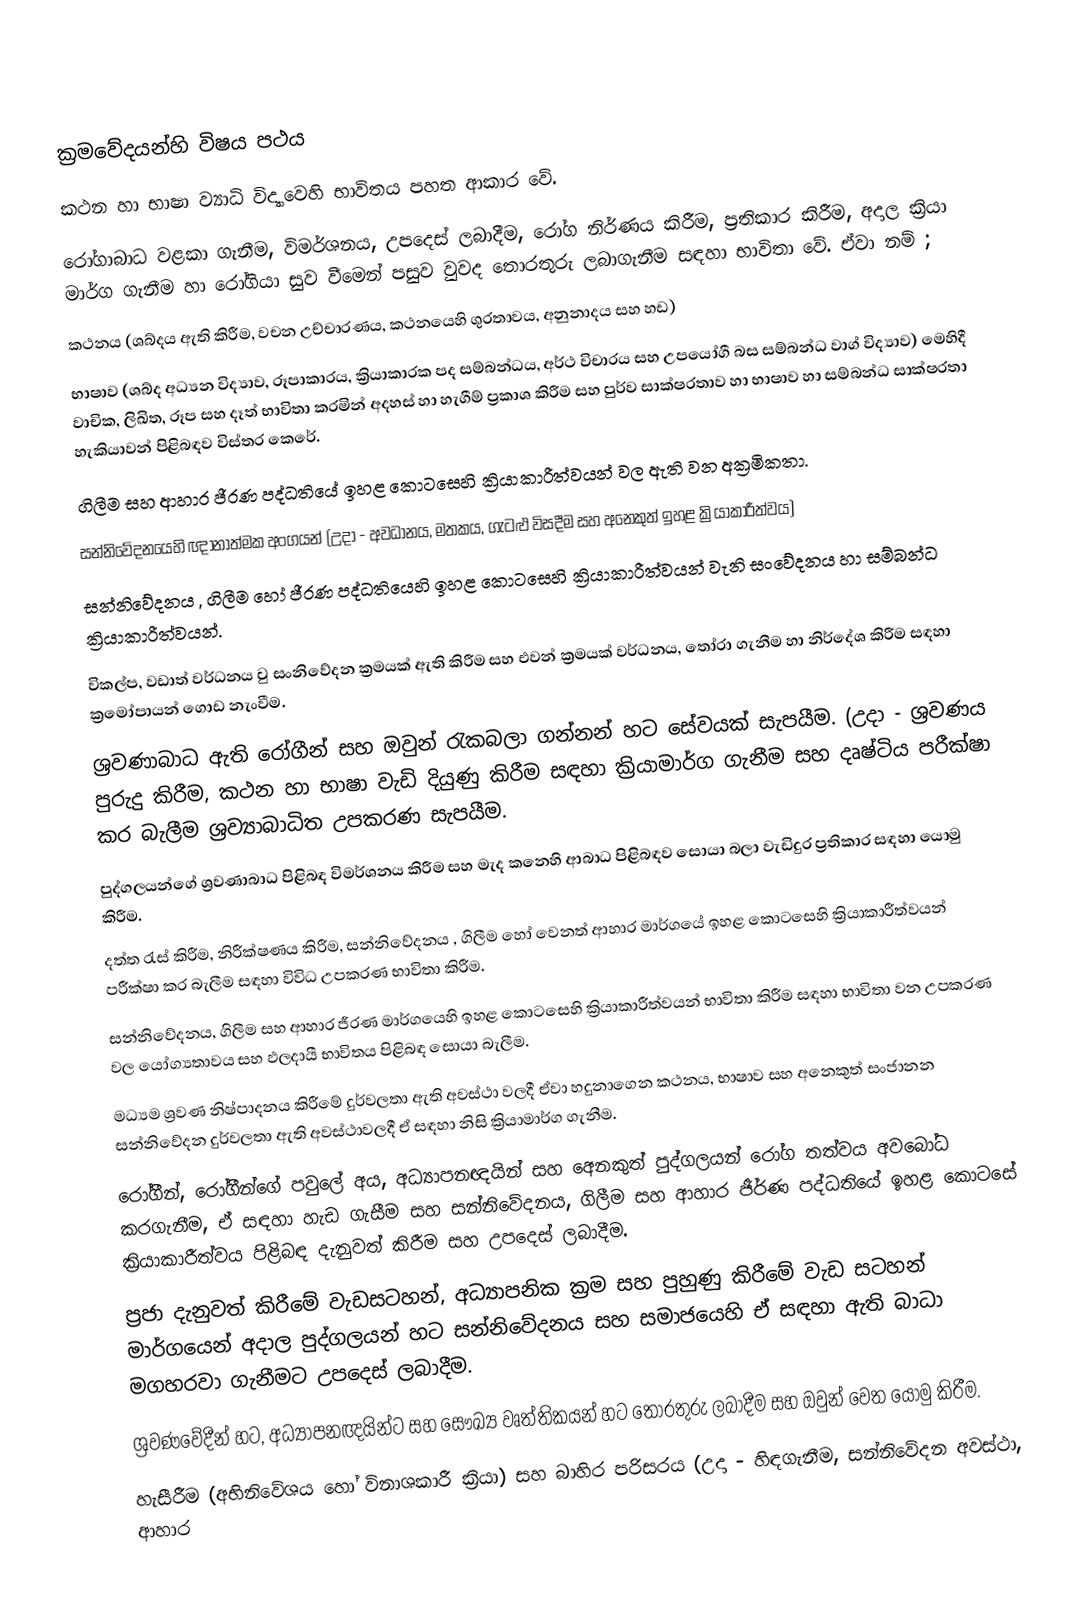

ක්‍රමවේදයන්හි විෂය පථය
කථන හා භාෂා ව්‍යාධි විද්‍යාවෙහි භාවිතය පහත ආකාර වේ.
රෝගාබාධ වළකා ගැනීම, විමර්ශනය, උපදෙස් ලබාදීම,  රෝග නිර්ණය කිරීම, ප්‍රතිකාර කිරීම, අදාල ක්‍රියා මාර්ග ගැනීම හා රෝගියා සුව වීමෙන් පසුව  වුවද තොරතුරු ලබාගැනීම සඳහා භාවිතා වේ. ඒවා නම් ;
කථනය (ශබ්දය ඇති කිරීම, වචන උච්චාරණය, කථනයෙහි ශුරතාවය, අනුනාදය සහ හඩ)
භාෂාව (ශබ්ද අධ්‍යන විද්‍යාව, රූපාකාරය, ක්‍රියාකාරක පද සම්බන්ධය, අර්ථ විචාරය සහ උපයෝගී බස සම්බන්ධ වාග් විද්‍යාව) මෙහිදී වාචික, ලිඛිත, රූප සහ දෑත් භාවිතා කරමින් අදහස් හා හැගීම් ප්‍රකාශ කිරීම සහ පුර්ව සාක්ෂරතාව හා භාෂාව හා සම්බන්ධ ස‍ාක්ෂරතා හැකියාවන් පිළිබඳව විස්තර කෙරේ.
ගිලීම සහ ආහාර ජීරණ පද්ධතියේ ඉහළ කොටසෙහි ක්‍රියාකාරීත්වයන් වල ඇති වන අක්‍රමිකතා.
සන්නිවේදනයෙහි ඥානාත්මක අංගයන් (උදා - අවධානය, මතකය, ගැටළු විසදීම සහ අනෙකුත් ඉහළ ක්‍රියාකාරීත්වය)
සන්නිවේදනය , ගිලීම හෝ ජීරණ පද්ධතියෙහි ඉහළ කොටසෙහි ක්‍රියාකාරීත්වයන් වැනි සංවේදනය හා සම්බන්ධ ක්‍රියාකාරීත්වයන්.
විකල්ප, වඩාත් වර්ධනය වු සංනිවේදන ක්‍රමයක් ඇති කිරීම සහ එවන් ක්‍රමයක් වර්ධනය, තෝරා ගැනීම හා නිර්දේශ කිරීම සඳහා ක්‍රමෝපායන් ගොඩ නැංවීම.
ශ්‍රවණාබාධ ඇති රෝගීන් සහ ඔවුන් රැකබලා ගන්නන් හට සේවයක් සැපයීම. (උදා - ශ්‍රවණය පුරුදු කිරීම,  කථන හා භාෂා වැඩි දියුණු කිරීම සඳහා ක්‍රියාමාර්ග ගැනීම සහ දෘෂ්ටිය පරීක්ෂා කර බැලීම ශ්‍රව්‍යාබාධිත උපකරණ සැපයීම.
පුද්ගලයන්ගේ ශ්‍රවණාබාධ පිළිබඳ විමර්ශනය කිරීම සහ මැද කනෙහි ආබාධ පිළිබඳව සොයා බලා වැඩිදුර ප්‍රතිකාර සඳහා යොමු කිරීම.
දත්ත  රැස් කිරීම, නිරීක්ෂණය කිරීම, සන්නිවේදනය , ගිලීම හෝ වෙනත් ආහාර මාර්ගයේ ඉහළ කොටසෙහි ක්‍රියාකාරීත්වයන් පරීක්ෂා කර බැලීම සඳහා විවිධ උපකරණ භාවිතා කිරීම.
සන්නිවේදනය, ගිලීම සහ ආහාර ජීරණ මාර්ගයෙහි ඉහළ කොටසෙහි ක්‍රියාකාරීත්වයන් භාවිතා කිරීම සඳහා භාවිතා වන උපකරණ වල යෝග්‍යතාවය සහ ඵලදායී භාවිතය පිළිබඳ සොයා බැලීම.
මධ්‍යම ශ්‍රවණ නිෂ්පාදනය කිරීමේ දුර්වලතා ඇති අවස්ථා වලදී ඒවා හදුනාගෙන කථනය, භාෂාව සහ අනෙකුත් සංජානන සන්නිවේදන දුර්වලතා ඇති අවස්ථා‍වලදී ඒ සඳහා නිසි ක්‍රියාමාර්ග ගැනීම.
රෝගීන්, රෝගීන්ගේ පවුලේ අය, අධ්‍යාපනඥයින් සහ අ‍ෙනකුත් පුද්ගලයන් රෝග තත්වය අවබෝධ කරගැනීම, ඒ සඳහා හැඩ ගැසීම සහ සන්නිවේදනය, ගිලීම සහ ආහාර ජීර්ණ පද්ධතියේ ඉහළ කොටසේ ක්‍රියාකාරීත්වය පිළිබඳ දැනුවත් කිරීම සහ උපදෙස් ලබාදීම.
ප්‍රජා දැනුවත් කිරීමේ වැඩසටහන්, අධ්‍යාපනික ක්‍රම සහ පුහුණු කිරීමේ වැඩ සටහන් මාර්ගයෙන් අදාල පුද්ගලයන් හට සන්නිවේදනය සහ සමාජයෙහි ඒ සඳහා ඇති බාධා මගහරවා ගැනීමට උපදෙස් ලබාදීම.
ශ්‍රවණවේදීන් හට, අධ්‍යාපනඥයින්ට සහ සෞඛ්‍ය වෘත්තිකයන් හට තොරතුරු ලබාදීම සහ ඔවුන් වෙත යොමු කිරීම.
හැසීරීම (අභිනිවේශය හෝ විනාශකාරී ක්‍රියා) සහ බාහිර පරිසරය (උදා - හිඳගැනීම, සන්නිවේදන අවස්ථා, ආහාර